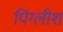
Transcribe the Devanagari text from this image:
पिंग्लीश